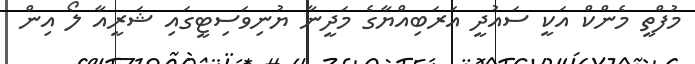
މުފްތީ މެންކް އަކީ ސައުދީ އަރަބިއްޔާގެ މަދީނާ ޔުނިވަސިޓީގައި ޝަރީއާ ލޯ އިން